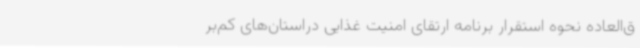
ق‌العاده نحوه استقرار برنامه ارتقای امنیت غذایی دراستان‌های کم‌بر